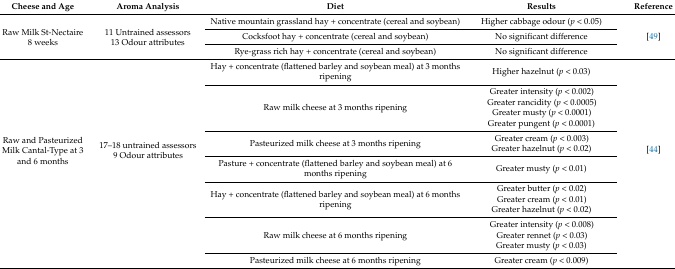
<table><thead><tr><td><b>Cheese and Age</b></td><td><b>Aroma Analysis</b></td><td><b>Diet</b></td><td><b>Results</b></td><td><b>Reference</b></td></tr></thead><tbody><tr><td rowspan="3">Raw Milk St-Nectaire8 weeks</td><td rowspan="3">11 Untrained assessors13 Odour attributes</td><td>Native mountain grassland hay + concentrate (cereal and soybean)</td><td>Higher cabbage odour (<i>p</i> &lt; 0.05)</td><td rowspan="3">[49]</td></tr><tr><td>Cocksfoot hay + concentrate (cereal and soybean)</td><td>No significant difference</td></tr><tr><td>Rye-grass rich hay + concentrate (cereal and soybean)</td><td>No significant difference</td></tr><tr><td rowspan="7">Raw and Pasteurized Milk Cantal-Type at 3 and 6 months</td><td rowspan="7">17–18 untrained assessors9 Odour attributes</td><td>Hay + concentrate (flattened barley and soybean meal) at 3 months ripening</td><td>Higher hazelnut (<i>p</i> &lt; 0.03)</td><td rowspan="7">[44]</td></tr><tr><td>Raw milk cheese at 3 months ripening</td><td>Greater intensity (<i>p</i> &lt; 0.002)Greater rancidity (<i>p</i> &lt; 0.0005)Greater musty (<i>p</i> &lt; 0.0001)Greater pungent (<i>p</i> &lt; 0.0001)</td></tr><tr><td>Pasteurized milk cheese at 3 months ripening</td><td>Greater cream (<i>p</i> &lt; 0.003)Greater hazelnut (<i>p</i> &lt; 0.02)</td></tr><tr><td>Pasture + concentrate (flattened barley and soybean meal) at 6 months ripening</td><td>Greater musty (<i>p</i> &lt; 0.01)</td></tr><tr><td>Hay + concentrate (flattened barley and soybean meal) at 6 months ripening</td><td>Greater butter (<i>p</i> &lt; 0.02)Greater cream (<i>p</i> &lt; 0.01)Greater hazelnut (<i>p</i> &lt; 0.02)</td></tr><tr><td>Raw milk cheese at 6 months ripening</td><td>Greater intensity (<i>p</i> &lt; 0.008)Greater rennet (<i>p</i> &lt; 0.03)Greater musty (<i>p</i> &lt; 0.03)</td></tr><tr><td>Pasteurized milk cheese at 6 months ripening</td><td>Greater cream (<i>p</i> &lt; 0.009)</td></tr></tbody></table>